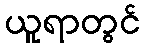
ယူရာတွင်